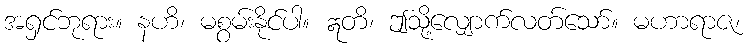
အရှင်ဘုရား။ နဟိ၊ မစွမ်းနိုင်ပါ။ ဣတိ၊ ဤသို့လျှောက်လတ်သော်။ မဟာရာဇ၊